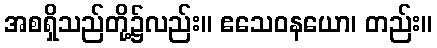
အစရှိသည်တို့၌လည်း။ ဧသေဝနယော၊ တည်း။